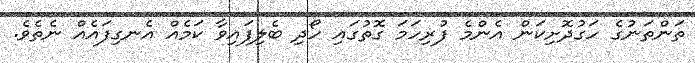
ތަންތަނުގެ ހަގުދޮށިކަން އެންމެ ފުރިހަމަ ގޮތުގައި ހޯދި ބެލިފައިވާ ކަމެއް އެނގިފައެއް ނެތެވެ.